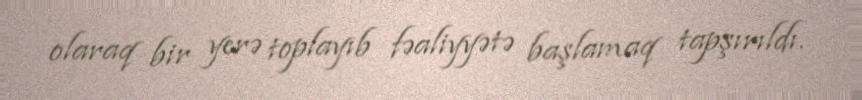
olaraq bir yerə toplayıb fəaliyyətə başlamaq tapşırıldı.